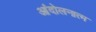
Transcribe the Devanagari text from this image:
आंदोलनात्म